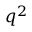
q ^ { 2 }